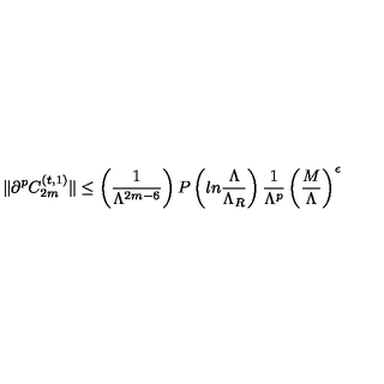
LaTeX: \| \partial ^ { p } C _ { 2 m } ^ { ( t , 1 ) } \| \leq \left( { \frac { 1 } { \Lambda ^ { 2 m - 6 } } } \right) P \left( l n { \frac { \Lambda } { \Lambda _ { R } } } \right) { \frac { 1 } { \Lambda ^ { p } } } \left( { \frac { M } { \Lambda } } \right) ^ { \epsilon }